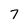
Character: 7